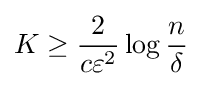
K\geq {\frac {2}{c\varepsilon ^{2}}}\log {\frac {n}{\delta }}